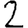
Digit: 2